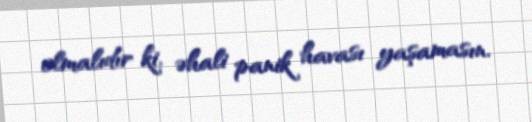
olmalıdır ki, əhali panik havası yaşamasın.